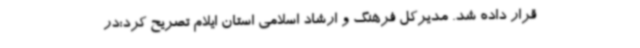
قرار داده شد. مدیرکل فرهنگ و ارشاد اسلامی استان ایلام تصریح کرد:در